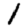
Digit: 1